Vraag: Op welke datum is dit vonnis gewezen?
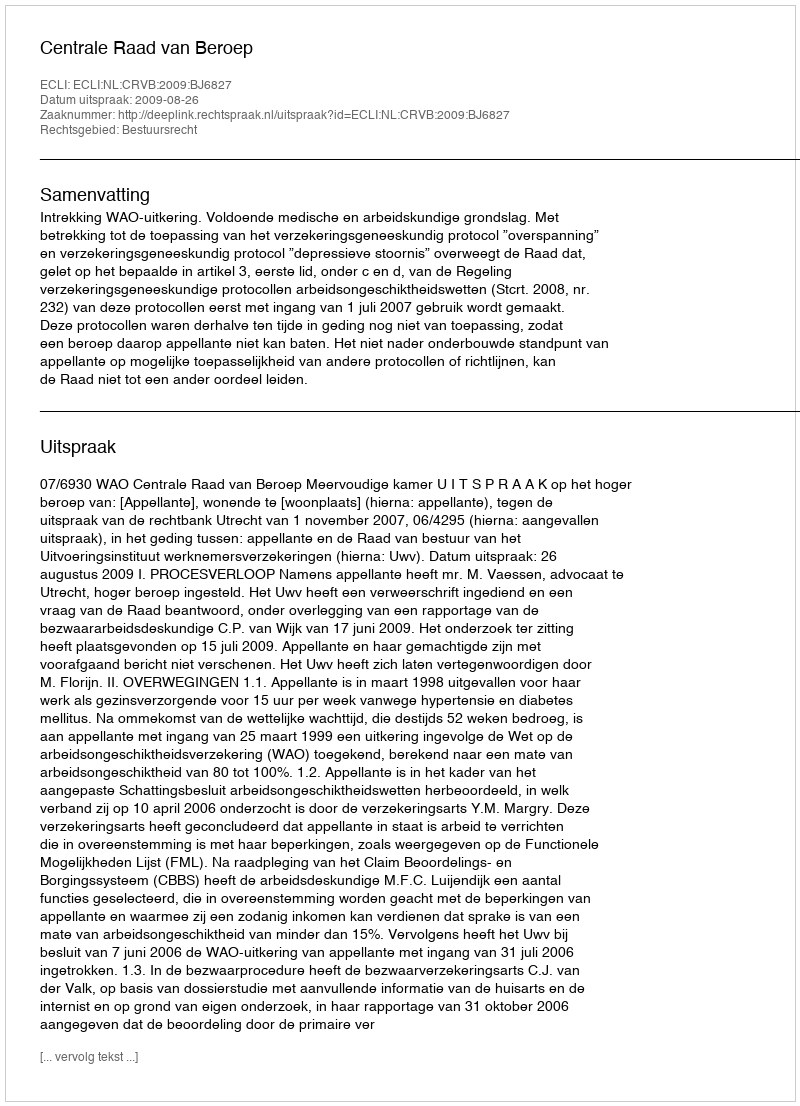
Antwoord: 2009-08-26